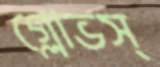
গ্লোভস্